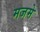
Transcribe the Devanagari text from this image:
मजमे